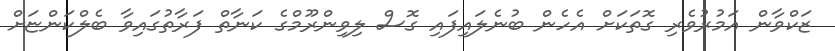
ޒަކްވާން އަމުރުވެރި ގޮތަކަށް އެހެން ބުނެލައިފައި ގޮސް ލިވިންރޫމްގެ ކަނާތް ފަރާތުގައިވާ ބެލްކަންޏަށް